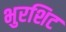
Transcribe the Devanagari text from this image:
भुरशिट